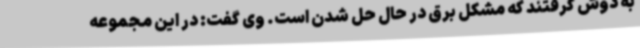
به دوش گرفتند که مشکل برق در حال حل شدن است. وی گفت: در این مجموعه